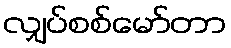
လျှပ်စစ်မော်တာ